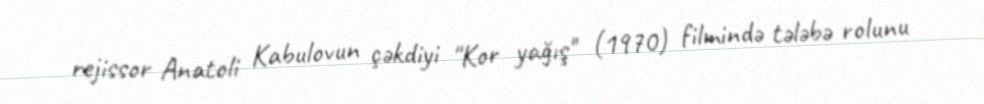
rejissor Anatoli Kabulovun çəkdiyi "Kor yağış" (1970) filmində tələbə rolunu